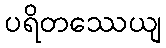
ပရိတဿေယျ